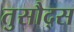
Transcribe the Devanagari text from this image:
तुसौद्स